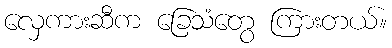
လှေကားဆီက ခြေသံတွေ ကြားတယ်။